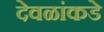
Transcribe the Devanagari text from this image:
देवळांकडे